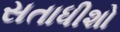
સતાધીશો